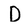
Character: D